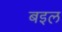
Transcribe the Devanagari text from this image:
बइल